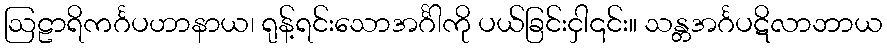
ဩဠာရိကင်္ဂပဟာနာယ၊ ရုန့်ရင်းသောအင်္ဂါကို ပယ်ခြင်းငှါ၎င်း။ သန္တအင်္ဂပဋိလာဘာယ